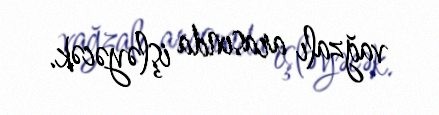
vağzalı arasında işləyəcək.